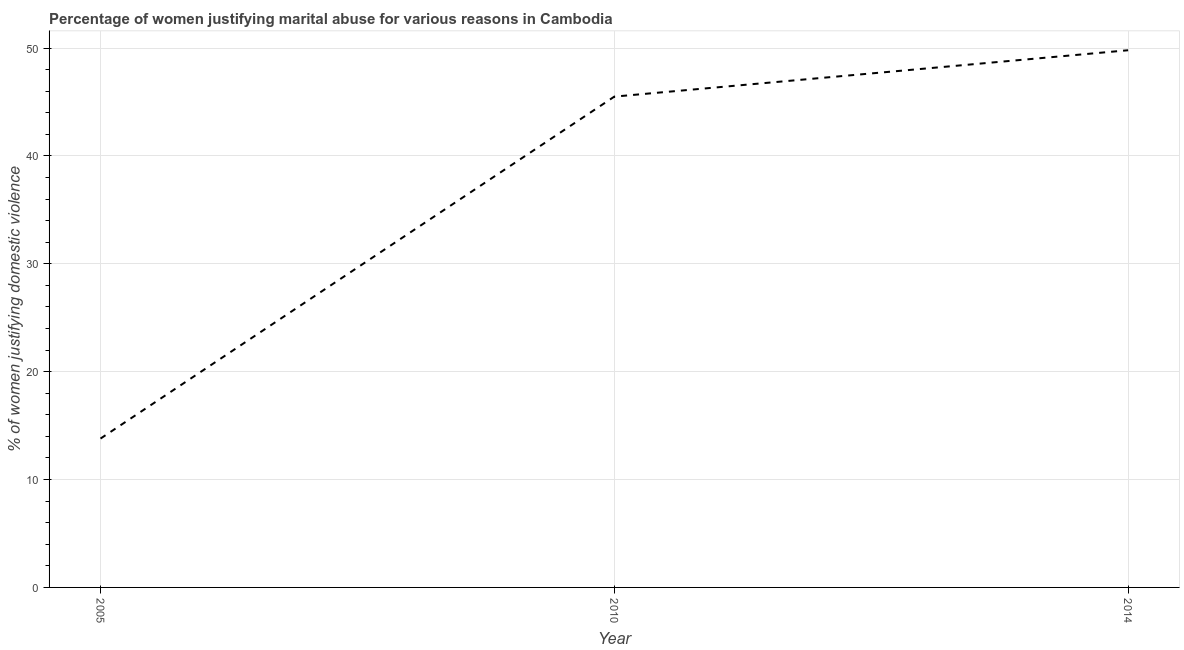
| Year | Physical abuse |
 | --- | --- |
 | 2005 | 13.8 |
 | 2010 | 45.5 |
 | 2014 | 49.8 |